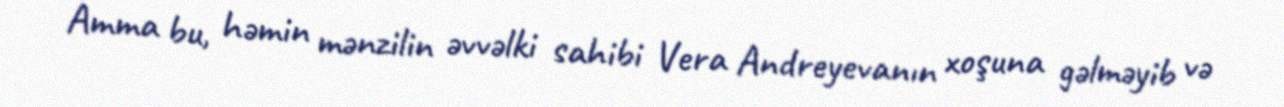
Amma bu, həmin mənzilin əvvəlki sahibi Vera Andreyevanın xoşuna gəlməyib və